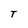
Character: T